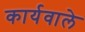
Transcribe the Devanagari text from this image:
कार्यवाले